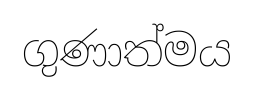
ගුණාත්මය